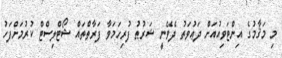
މި މަޤާމުގެ އިންޓަވިއުއަށް ދަޢުވަތު ދެވޭނީ ޝަރުޠު ފުރިހަމަވާ ފަރާތްތައް ޝޯޓްލިސްޓް ކުރުމަށްފަހު